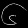
Digit: ၆